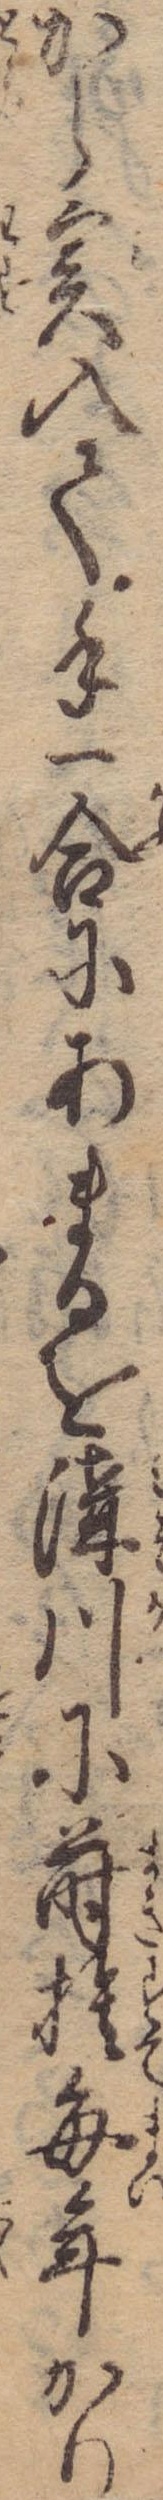
から実入て手一合にあまるを溝川に蒔捨毎年かり